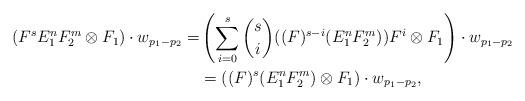
LaTeX: \begin{align*}(F^s E_{1}^{n} F_{2}^{m} \otimes F_1) \cdot w_{p_1 - p_2} = & \left( \sum_{i=0}^{s} \binom{s}{i} ((F)^{s-i}(E_{1}^{n} F_{2}^{m})) F^i \otimes F_1 \right) \cdot w_{p_1 - p_2} \\& = ((F)^{s}(E_{1}^{n} F_{2}^{m}) \otimes F_1) \cdot w_{p_1 - p_2},\end{align*}